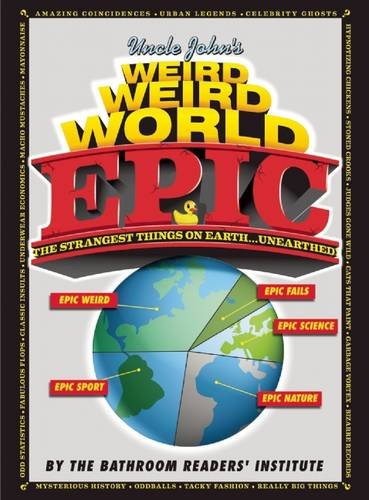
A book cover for Uncle John's Weird, Weird World: EPIC (Uncle John's Bathroom Reader); Bathroom Readers' Institute; Humor & Entertainment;